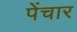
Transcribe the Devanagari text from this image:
पेंचार